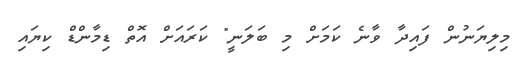
މިލިޔަނުން ފައިދާ ވާނެ ކަމަށް މި ބަލަނީ" ކަރައަށް އޮތް ޑިމާންޑް ކިޔައި